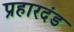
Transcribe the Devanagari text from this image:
प्रहारदंड